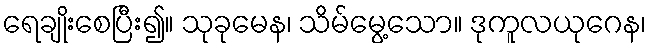
ရေချိုးစေပြီး၍။ သုခုမေန၊ သိမ်မွေ့သော။ ဒုကူလယုဂေန၊